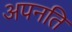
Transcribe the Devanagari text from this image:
अपनति